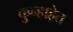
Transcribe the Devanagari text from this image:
कुन्हाहेत